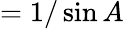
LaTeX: ={1/\sin A}